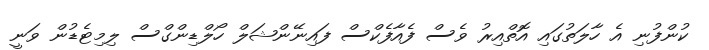
ކުންފުނި އެ ހާލަތުގައި އޮތްއިރު ވެސް ފެއާފެކްސް ފައިނޭންޝަލް ހޯލްޑިންގްސް ލިމިޓެޑުން ވަނީ